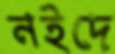
নইদে